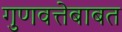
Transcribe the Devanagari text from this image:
गुणवत्तेबाबत